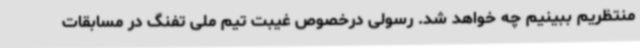
منتظریم ببینیم چه خواهد شد. رسولی درخصوص غیبت تیم ملی تفنگ در مسابقات